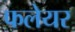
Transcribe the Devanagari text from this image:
फलेयर